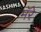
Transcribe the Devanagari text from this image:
मॅरे